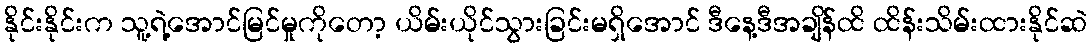
နိုင်းနိုင်းက သူ့ရဲ့အောင်မြင်မှုကိုတော့ ယိမ်းယိုင်သွားခြင်းမရှိအောင် ဒီနေ့ဒီအချိန်ထိ ထိန်းသိမ်းထားနိုင်ဆဲ